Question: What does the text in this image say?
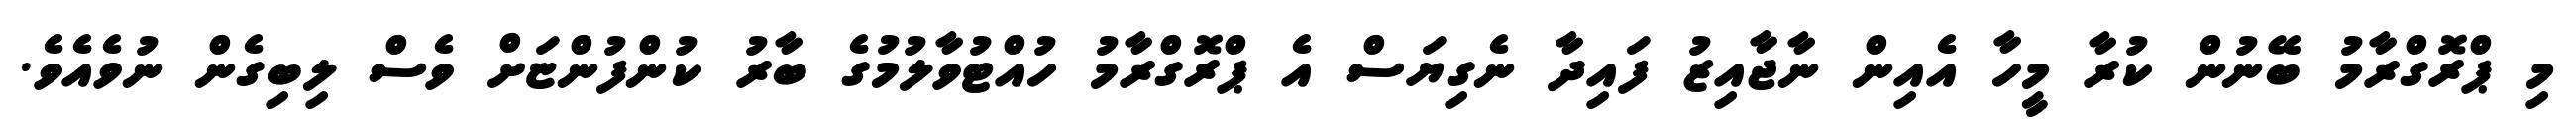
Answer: މި ޕްރޮގްރާމު ބޭނުން ކުރާ މީހާ އެއިން ނާޖާއިޒު ފައިދާ ނެގިޔަސް އެ ޕްރޮގްރާމު ހުއްޓުވާލުމުގެ ބާރު ކުންފުންޏަށް ވެސް ލިބިގެން ނުވެއެވެ.